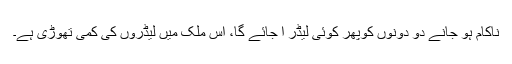
ناکام ہو جانے دو دونوں کوپھر کوئی لیڈر آ جائے گا، اس ملک میں لیڈروں کی کمی تھوڑی ہے۔